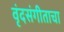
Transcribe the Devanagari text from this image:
वृंदसंगीताचा